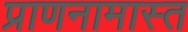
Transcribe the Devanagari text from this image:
प्राणनामास्त